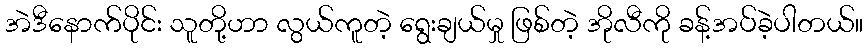
အဲဒီနောက်ပိုင်း သူတို့ဟာ လွယ်ကူတဲ့ ရွေးချယ်မှု ဖြစ်တဲ့ အိုလီကို ခန့်အပ်ခဲ့ပါတယ်။